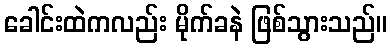
ခေါင်းထဲကလည်း မိုက်ခနဲ ဖြစ်သွားသည်။